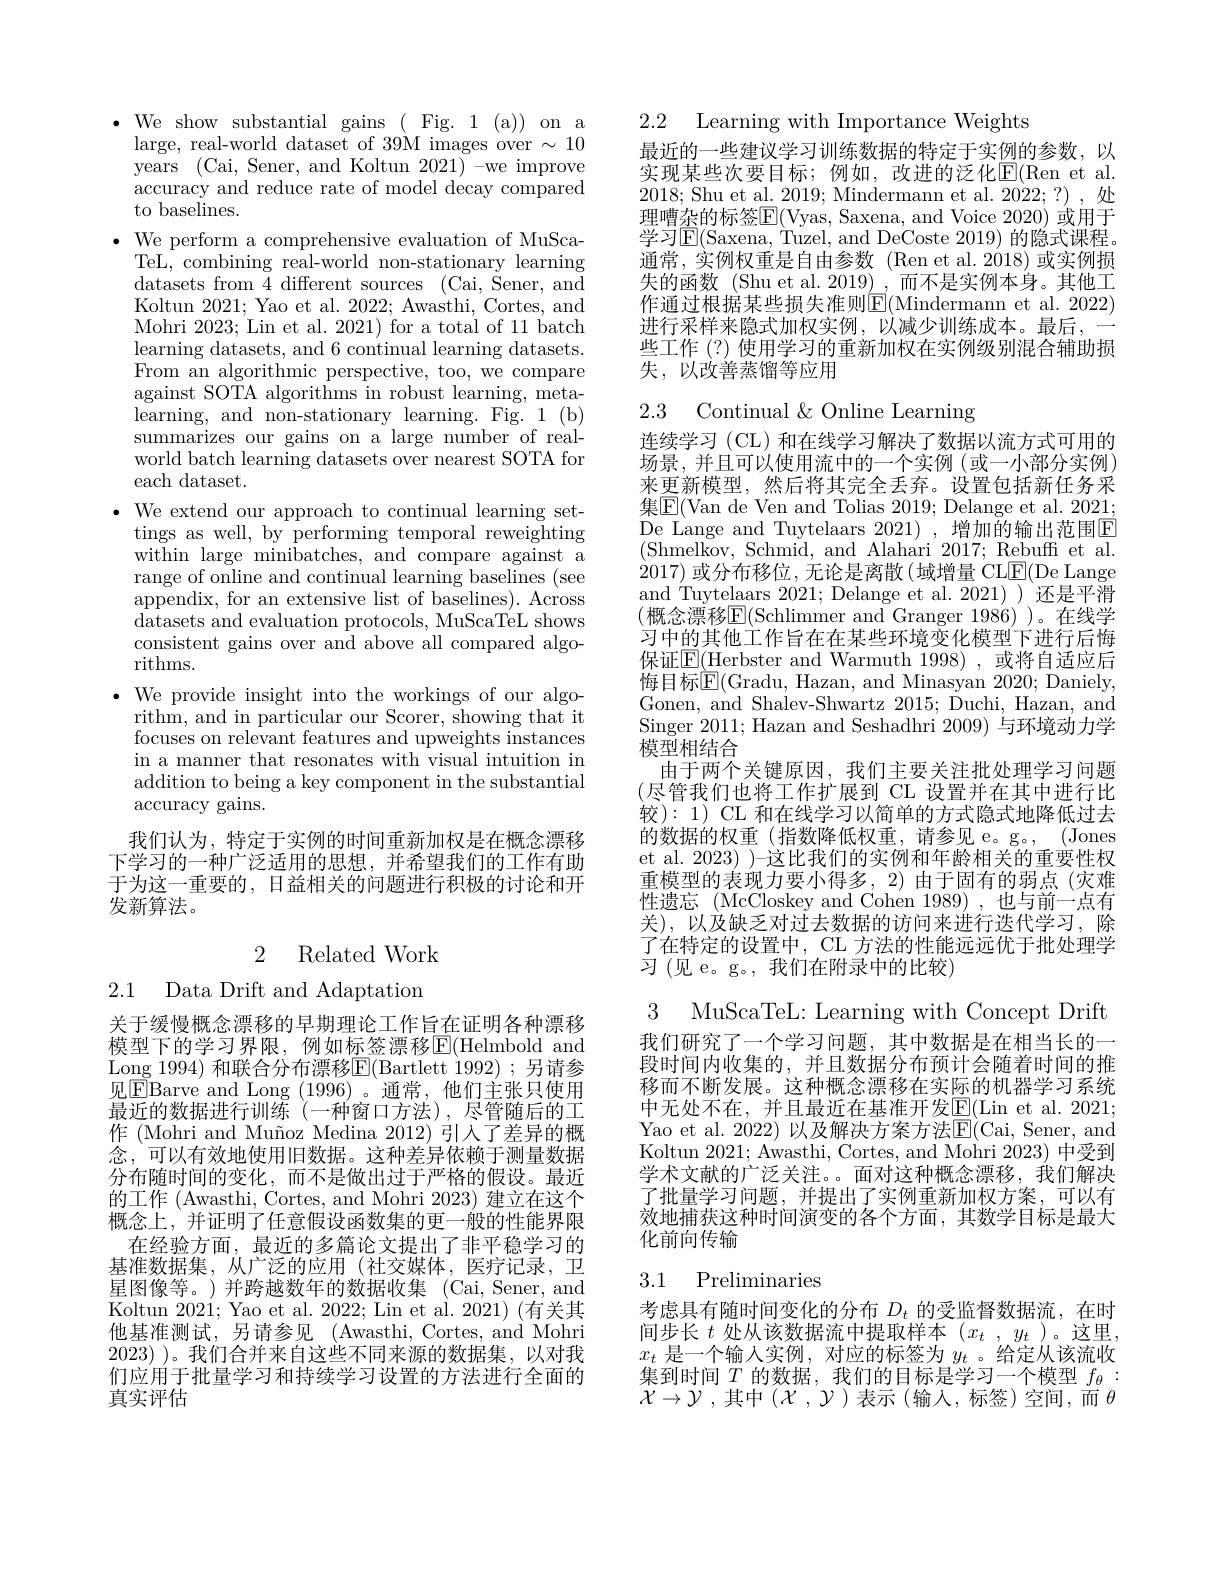
$\bullet$ We show substantial gains ( Fig. 1 (a)) on a
large, real-world dataset of 39M images over $\sim10$ years (Cai, Sener, and Koltun 2021) -we improve accuracy and reduce rate of model decay compared to baselines.
$\bullet$ We perform a comprehensive evaluation of MuSca-
TeL, combining real-world non-stationary learning datasets from 4 different sources (Cai, Sener, and Koltun 2021; Yao et al. 2022; Awasthi, Cortes, and Mohri 2023; Lin et al. 2021) for a total of 11 batch learning datasets, and 6 continual learning datasets. From an algorithmic perspective, too, we compare against SOTA algorithms in robust learning, meta- $\bar{\mathrm{learning,~and~non-stationary~learning.~Fig.~1~(b)}}$ summarizes our gains on a large number of realworld batch learning datasets over nearest SOTA for each dataset.
$\bullet$ We extend our approach to continual learning set-
tings as well, by performing temporal reweighting within large minibatches, and compare against a range of online and continual learning baselines (see appendix, for an extensive list of baselines). Across datasets and evaluation protocols, MuScaTeL shows consistent gains over and above all compared algorithms.
$\bullet$ We provide insight into the workings of our algo-
rithm, and in particular our Scorer, showing that it focuses on relevant features and upweights instances in a manner that resonates with visual intuition in addition to being a key component in the substantial accuracy gains.
我们认为，特定于实例的时间重新加权是在概念漂移下学习的一种广泛适用的思想，并希望我们的工作有助于为这一重要的，日益相关的问题进行积极的讨论和开

发新算法。

2 Related Work

2.1 Data Drift and Adaptation

关于缓慢概念漂移的早期理论工作旨在证明各种漂移模型下的学习界限，例如标签漂移E$( Helmbold and$ Long 1994) 和联合分布漂移E(Bartlett 1992);另请参见$\boxed{\mathrm{E}}$Barve and Long (1996)。通常，他们主张只使用最近的数据进行训练(一种窗口方法),尽管随后的工作 (Mohri and Muñoz Medina 2012) 引人了差异的概念，可以有效地使用旧数据。这种差异依赖于测量数据分布随时间的变化，而不是做出过于严格的假设。最近的工作(Awasthi, Cortes, and Mohri 2023)建立在这个概念上，并证明了任意假设函数集的更一般的性能界限在经验方面，最近的多篇论文提出了非平稳学习的基准数据集，从广泛的应用(社交媒体，医疗记录，卫星图像等。)并跨越数年的数据收集 (Cai,Sener,and Koltun 2021; Yao et al. 2022; Lin et al. 2021) (有关其他基准测试，另请参见 (Awasthi, Cortes, and Mohri 2023) )。我们合并来自这些不同来源的数据集，以对我们应用于批量学习和持续学习设置的方法进行全面的真实评估

2.2 Learning with Importance Weights

最近的一些建议学习训练数据的特定于实例的参数，以实现某些次要目标；例如，改进的泛化$\underline{\mathrm{E}}($Ren et al. 2018; Shu et al. 2019; Mindermann et al. 2022;?),处理嘈杂的标签E(Vyas, Saxena, and Voice 2020) 或用于学习$\operatorname{E}($Saxena, Tuzel, and DeCoste 2019) 的隐式课程。通常，实例权重是自由参数(Ren et al.2018)或实例损失的函数 (Shu et al. 2019) ,而不是实例本身。其他工作通过根据某些损失准则$\boxed{\mathrm{E}}($Mindermann et al. 2022) 进行采样来隐式加权实例，以减少训练成本。最后，一些工作(?) 使用学习的重新加权在实例级别混合辅助损失，以改善蒸馏等应用

# 2.3 Continual$\&$Online Learning

连续学习 (CL) 和在线学习解决了数据以流方式可用的场景，并且可以使用流中的一个实例(或一小部分实例) 来更新模型，然后将其完全丢弃。设置包括新任务采集$\boxed{\mathrm{F}}($Van de Ven and Tolias 2019; Delange et al. 2021; De Lange and Tuytelaars 2021), 增加的输出范围E $(\bar{\mathrm{Shmelkov,~Schmid,~and~Alahari~2017;~Rebuffi~et~al.}}$ 2017)或分布移位，无论是离散(域增量 CLE(De Lange and Tuytelaars 2021; Delange et al. 2021) ) 还是平滑(概念漂移$\boxed{\mathrm{F}}($Schlimmer and Granger 1986))。在线学习中的其他工作旨在在某些环境变化模型下进行后悔保证$\boxed{\mathrm{E}}($Herbster and Warmuth 1998),或将自适应后悔目标$\mathbb{E}($Gradu, Hazan, and Minasyan 2020; Daniely, Gonen, and Shalev-Shwartz 2015; Duchi, Hazan, and Singer 2011; Hazan and Seshadhri 2009) 与环境动力学模型相结合
由于两个关键原因，我们主要关注批处理学习问题(尽管我们也将工作扩展到 CL 设置并在其中进行比较 ): 1) CL 和在线学习以简单的方式隐式地降低过去的数据的权重(指数降低权重，请参见 e。g。, (Jones et al. 2023) )-这比我们的实例和年龄相关的重要性权重模型的表现力要小得多，2)由于固有的弱点(灾难性遗忘 (McCloskey and Cohen 1989),也与前一点有关),以及缺乏对过去数据的访问来进行迭代学习，除了在特定的设置中，CL 方法的性能远远优于批处理学习(见 e。g。, 我们在附录中的比较)

3 MuScaTeL: Learning with Concept Drift 我们研究了一个学习问题，其中数据是在相当长的一段时间内收集的，并且数据分布预计会随着时间的推移而不断发展。这种概念漂移在实际的机器学习系统中无处不在，并且最近在基准开发$\underline{\mathrm{E}}($Lin et al.2021; Yao et al. 2022) 以及解决方案方法E(Cai, Sener, and Koltun 2021; Awasthi, Cortes, and Mohri 2023) 中受到学术文献的广泛关注。面对这种概念漂移，我们解决了批量学习问题，并提出了实例重新加权方案，可以有效地捕获这种时间演变的各个方面，其数学目标是最大化前向传输

## 3.1 Preliminaries

考虑具有随时间变化的分布$D_t$的受监督数据流，在时间步长$t$处从该数据流中提取样本$(x_t,y_t)$。这里， $x_t$是一个输入实例，对应的标签为$y_t$ 。给定从该流收集到时间$T$的数据，我们的目标是学习一个模型 $f_\theta:$ $\mathcal{X}\to\mathcal{Y}$ ,其中$(\mathcal{X},\mathcal{Y})$表示 (输入，标签)空间，而$\theta$